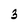
Character: 3